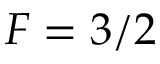
F = 3 / 2